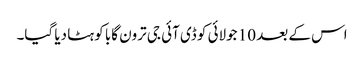
اس کے بعد 10 جولائی کو ڈی آئی جی ترون گابا کو ہٹا دیا گیا۔